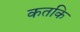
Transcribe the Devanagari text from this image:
कतकि